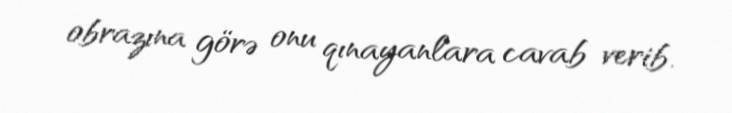
obrazına görə onu qınayanlara cavab verib.